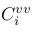
C _ { i } ^ { v v }